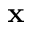
{ \bf x }